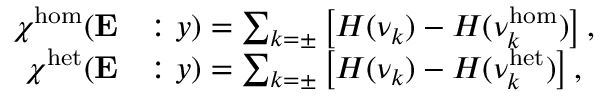
\begin{array} { r l } { \chi ^ { \mathrm { h o m } } ( \mathbf { E } } & { : y ) = \sum _ { k = \pm } \left[ H ( \nu _ { k } ) - H ( \nu _ { k } ^ { \mathrm { h o m } } ) \right] , } \\ { \chi ^ { \mathrm { h e t } } ( \mathbf { E } } & { : y ) = \sum _ { k = \pm } \left[ H ( \nu _ { k } ) - H ( \nu _ { k } ^ { \mathrm { h e t } } ) \right] , } \end{array}